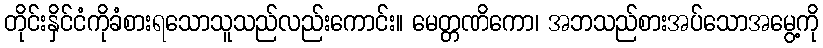
တိုင်းနှိင်ငံကိုခံစားရသောသူသည်လည်းကောင်း။ မေတ္တဏိကော၊ အဘသည်စားအပ်သောအမွေ့ကို